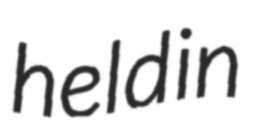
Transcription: held in